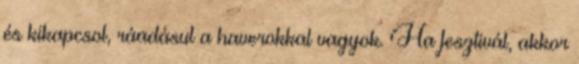
és kikapcsol, ráadásul a haverokkal vagyok. Ha fesztivál, akkor